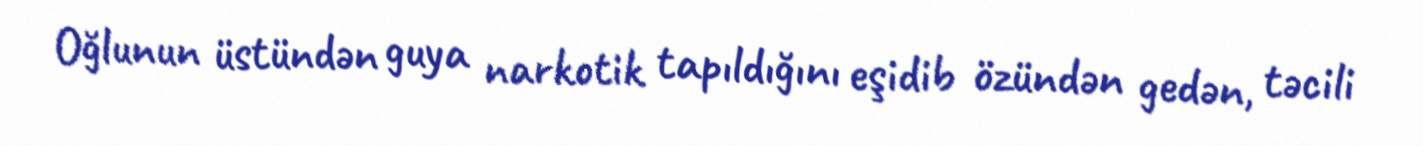
Oğlunun üstündən guya narkotik tapıldığını eşidib özündən gedən, təcili